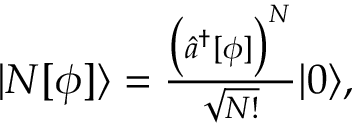
\begin{array} { r } { | N [ \phi ] \rangle = \frac { \bigl ( \hat { a } ^ { \dagger } [ \phi ] \bigr ) ^ { N } } { \sqrt { N ! } } | 0 \rangle , } \end{array}